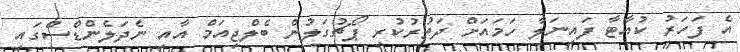
އެ ފަހަރު ކުއާޓާ ފައިނަލާ ހަމައަށް ދަތުރުކުރި ޕޯޗުގަލުން ބެލްޖިއަމް އާއި ނެދަލެންޑްސްގައި